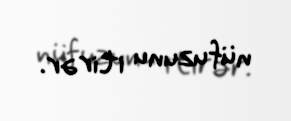
nüfuzunu itirər.